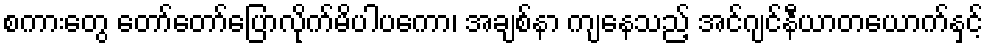
စကားတွေ တော်တော်ပြောလိုက်မိပါပကော၊ အချစ်နာ ကျနေသည့် အင်ဂျင်နီယာတယောက်နှင့်